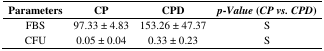
| Parameters | CP | CPD | p-Value (CP vs. CPD) |
 | --- | --- | --- | --- |
 | FBS | 97.33 ± 4.83 | 153.26 ± 47.37 | S |
 | CFU | 0.05 ± 0.04 | 0.33 ± 0.23 | S |